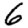
Digit: 6